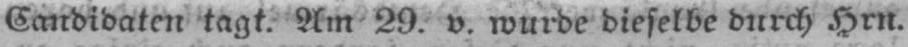
Candidaten tagt. Am 29. v. wurde dieselbe durch Hrn.